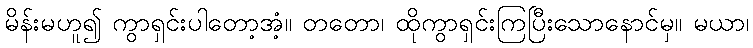
မိန်းမဟူ၍ ကွာရှင်းပါတော့အံ့။ တတော၊ ထိုကွာရှင်းကြပြီးသောနောင်မှ။ မယာ၊